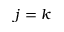
j = k